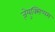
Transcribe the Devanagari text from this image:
ज़ेयुक्सिप्पस